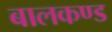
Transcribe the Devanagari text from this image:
बालकण्ड